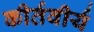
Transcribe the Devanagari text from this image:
कीर्तवीर्य